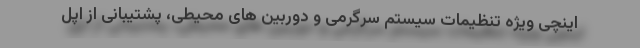
اینچی ویژه تنظیمات سیستم سرگرمی و دوربین های محیطی، پشتیبانی از اپل